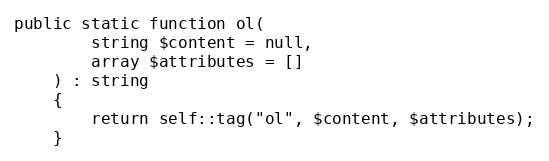
Language: PHP
public static function ol(
        string $content = null,
        array $attributes = []
    ) : string
    {
        return self::tag("ol", $content, $attributes);
    }